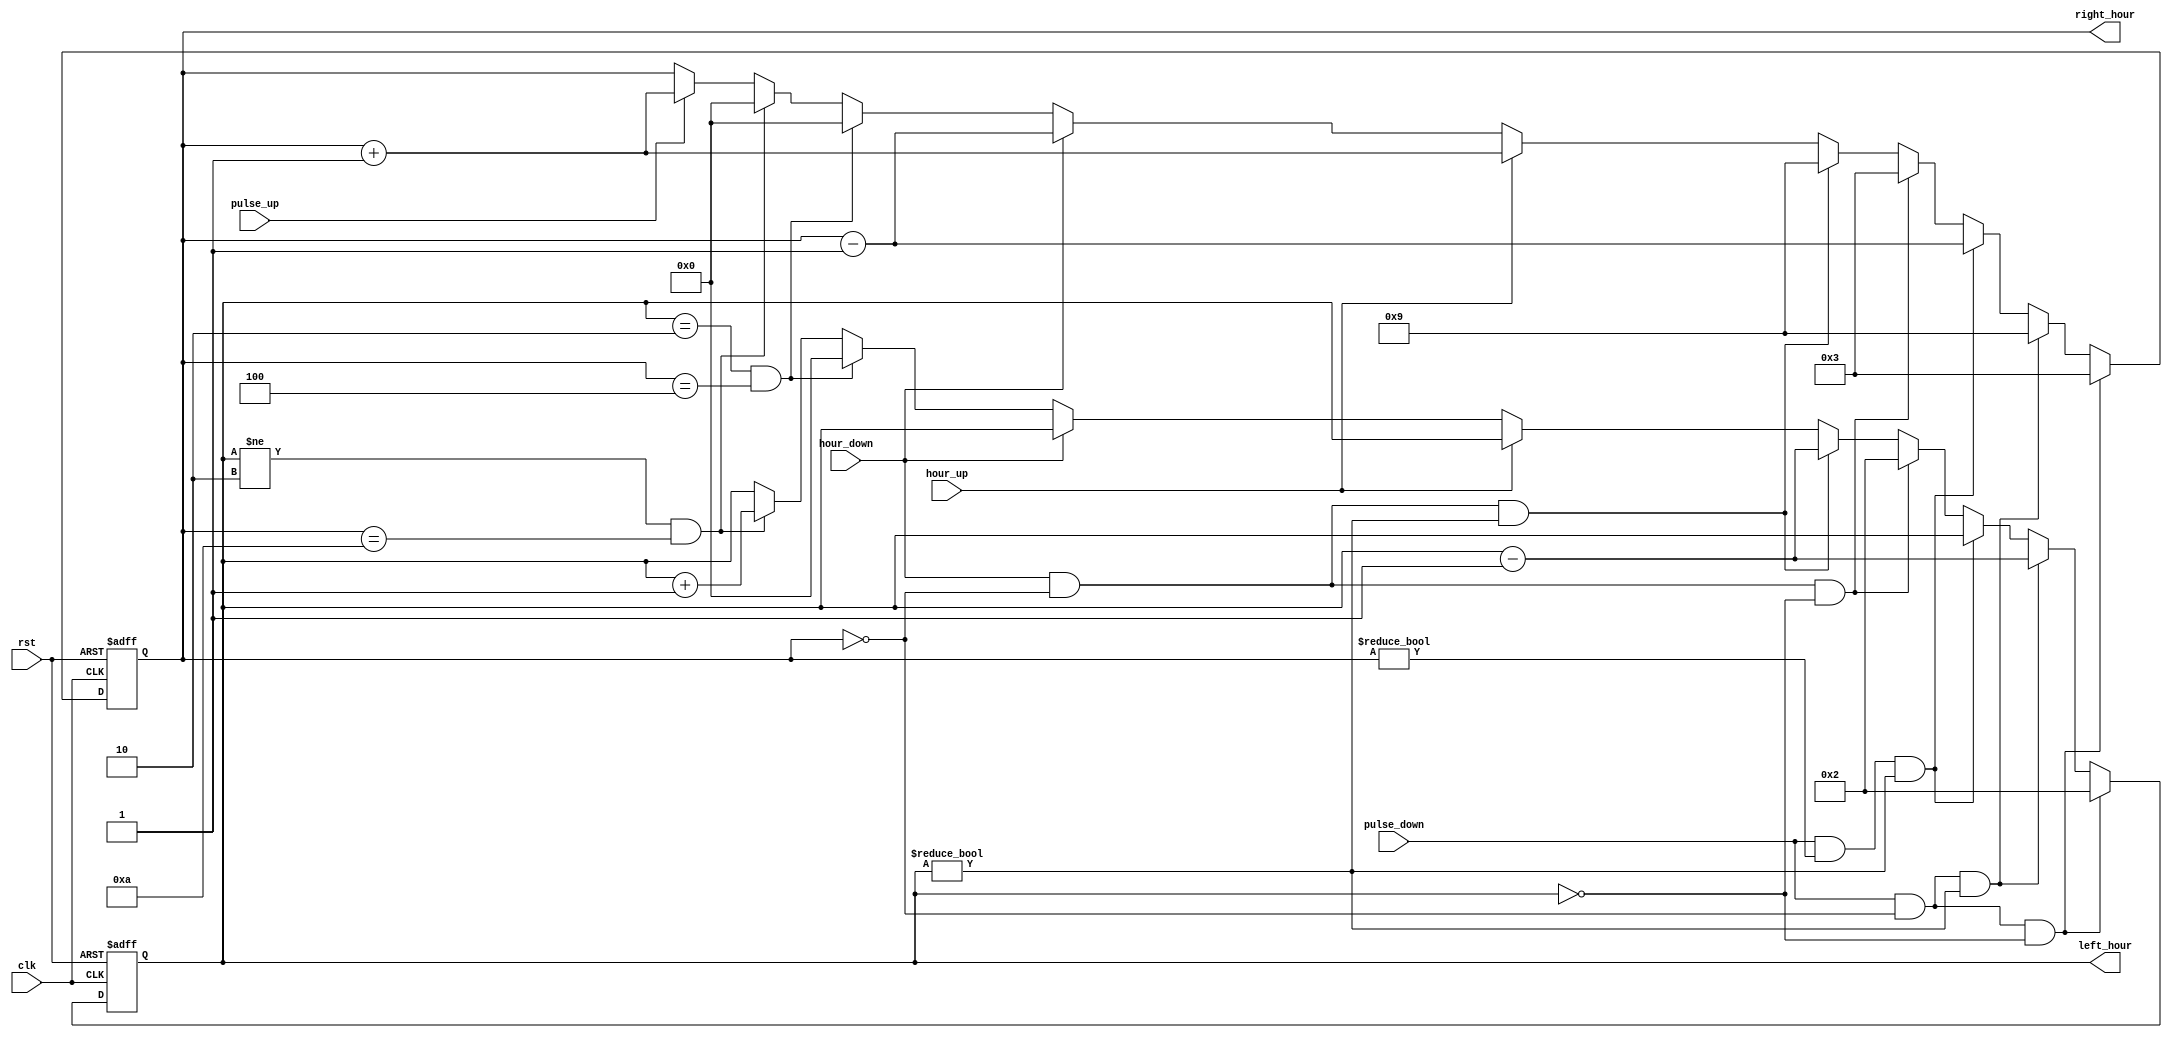
`timescale 1ns / 1ps
//////////////////////////////////////////////////////////////////////////////////
// Company: 
// Engineer: 
// 
// Design Name: 
// Module Name: hour_counter
// Project Name: 
// Target Devices: 
// Tool Versions: 
// Description: 
// 
// Dependencies: 
// 
// Revision:
// Revision 0.01 - File Created
// Additional Comments:
// 
//////////////////////////////////////////////////////////////////////////////////


module hour_counter(clk, rst, pulse_up, pulse_down, hour_up, hour_down, right_hour, left_hour);
    input clk;
    input rst;
    
    input pulse_up; //input coming from minute counter telling hours to increment 
    input pulse_down; //input coming from minute counter telling hours to decrement
    input hour_up; //input coming from our hour up button in clock military to increment hour counter manually
    input hour_down;//input coming from our hour down button in clock military to decrement hour counter manually
    
    output reg [3:0] right_hour; //4 least significant bits of hour
    output reg [3:0] left_hour; //4 most significant bits of hour
    
     always@(posedge clk, posedge rst)
                   if (rst) begin
                       right_hour <= 4'b0;
                       left_hour <= 4'b0;
                   end
                   else if (pulse_down && right_hour == 4'b0 && left_hour == 4'b0) begin //if both right and left hour are 0, as well as
                       right_hour <= 4'd3;                                         //pulse_down being active, right hour becomes 3 and
                       left_hour <= 4'd2;                                          //left hour becomes 2. Ex 00 changes to 23. Basically means the time was midnight 00:00, and we changed to 23:59 which would be the time right before midnight
                   end 
                   else if (pulse_down && right_hour == 4'b0 && left_hour != 4'b0) begin //if pulse_down, and right hour is 0, but left hour is not 0,
                       right_hour <= 4'd9;                                         //right hour becomes 9, and left hour decrement by 1
                       left_hour <= left_hour - 4'd1;                              //Ex. hour 20 changes to hour 19. Basically means it was 20:00 and the time changed to 19:59
                   end
                   else if (pulse_down && right_hour != 4'b0 && left_hour != 4'b0) begin //if pulse down, but right and left hour do not equal 0,
                       right_hour <= right_hour - 4'd1;                            //right hour decrements by 1, while left hour stays the same
                       left_hour <= left_hour;                                     //Ex. hour 16 changes to hour 15. Basically means it was 16:00 and the time changes to 15:59
                   end
                   else if (hour_down && right_hour == 4'b0 && left_hour == 4'b0) begin //if hour down is active which means we manually decrement the hour using our button,
                       right_hour <= 4'd3;                                        // right and left min equal 0, then right hour becomes 3,
                       left_hour <= 4'd2;                                         // while left hour becomes 2. Ex. 00 changes to 23
                   end
                   else if (hour_down && right_hour == 4'b0 && left_hour != 4'b0) begin ////if hour down is active which means we manually decrement the hour using our button,
                       right_hour <= 4'd9;                                        //right hour is 0 but left hour is not 0, then we 
                       left_hour <= left_hour - 4'd1;                             //right hour becomes 9, and we decrement left hour by 1. Ex. 20 changes to 19
                   end
                   else if (hour_up) //if hour up is active which means we manually pressed the button, we increment right hour by 1
                       right_hour <= right_hour + 4'b1;
                   else if (hour_down)//if hour down is active which means we manually pressed the button, we decrement right hour by 1
                       right_hour <= right_hour - 4'b1;
                       
                   else if (left_hour == 4'd2 && right_hour == 4'd4) begin // if we reach the hour 24, both hours should revert back to 0
                       left_hour <= 4'b0;
                       right_hour <= 4'b0;
                   end
                   else if (left_hour != 4'd2 && right_hour == 4'd10) begin // if right hour reaches 10 but left hour is not 0,
                       left_hour <= left_hour + 4'b1;                       // right hour changes to 0, while left hour increments by 1
                       right_hour <= 4'b0;                                  // Ex. 09 changes to 10
                   end
                   else if (pulse_up) //pulse is received from our minute counter, causing our right hour to increment by 1
                       right_hour <= right_hour + 1'b1;
    
endmodule